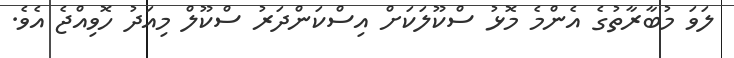
ލަވަ މުބާރާތުގެ އެންމެ މޮޅު ސްކޫލަކަށް އިސްކަންދަރު ސްކޫލް މިއަދު ހޮވިއްޖެ އެވެ.